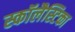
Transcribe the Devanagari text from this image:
स्कॉलैस्टिका